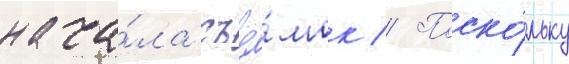
нача́ла съё́мок // Поско́льку